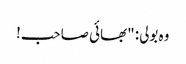
وہ بولی: "بھائی صاحب!